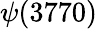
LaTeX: \psi(3770)